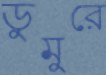
ডুমুরে